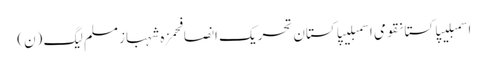
اسمبلیپاکستانقومی اسمبلیپاکستان تحریک انصافحمزہ شہبازمسلم لیگ (ن)